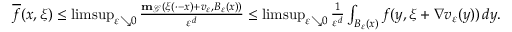
\begin{array} { r } { \overline { { f } } ( x , \xi ) \leq \operatorname* { l i m s u p } _ { \varepsilon \searrow 0 } \frac { \mathbf { m } _ { \mathcal { G } } ( \xi ( \cdot - x ) + v _ { \varepsilon } , B _ { \varepsilon } ( x ) ) } { \varepsilon ^ { d } } \leq \operatorname* { l i m s u p } _ { \varepsilon \searrow 0 } \frac { 1 } { \varepsilon ^ { d } } \int _ { B _ { \varepsilon } ( x ) } f ( y , \xi + \nabla v _ { \varepsilon } ( y ) ) \, d y . } \end{array}